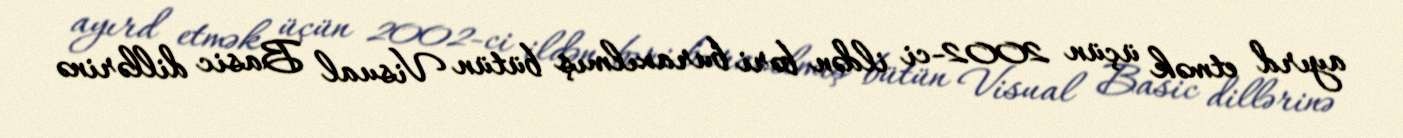
ayırd etmək üçün 2002-ci ildən bəri buraxılmış bütün Visual Basic dillərinə